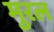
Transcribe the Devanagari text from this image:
मुरल